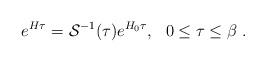
LaTeX: \begin{align*}e^{H \tau} = { \cal S}^{-1}({\tau}) e^{H_0 \tau}, \,\,\,\, 0 \leq \tau \leq \beta \; .\end{align*}